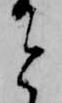
と